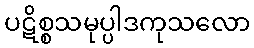
ပဋိစ္စသမုပ္ပါဒကုသလော